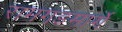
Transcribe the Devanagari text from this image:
रामगडमार्गे